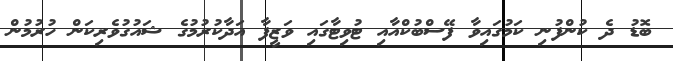
ބޮޑު ދެ ކުންފުނި ކަމުގައިވާ ފޭސްބުކްއާއި ޓުވިޓާގައި ވަޒީފާ އަދާކުރުމުގެ ޝައުގުވެރިކަން ހުރުމުން